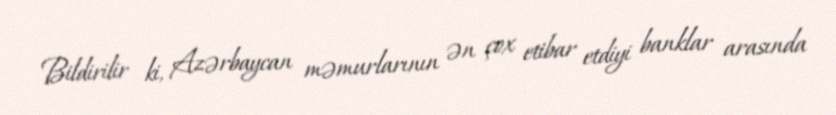
Bildirilir ki, Azərbaycan məmurlarının ən çox etibar etdiyi banklar arasında